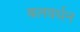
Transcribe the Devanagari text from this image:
बलवर्धन